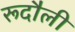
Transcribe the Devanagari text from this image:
रूदौली